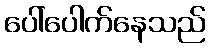
ပေါ်ပေါက်နေသည်